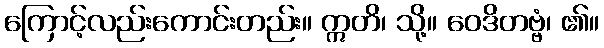
ကြောင့်လည်းကောင်းတည်း။ ဣတိ၊ သို့။ ဝေဒိတဗ္ဗံ၊ ၏။